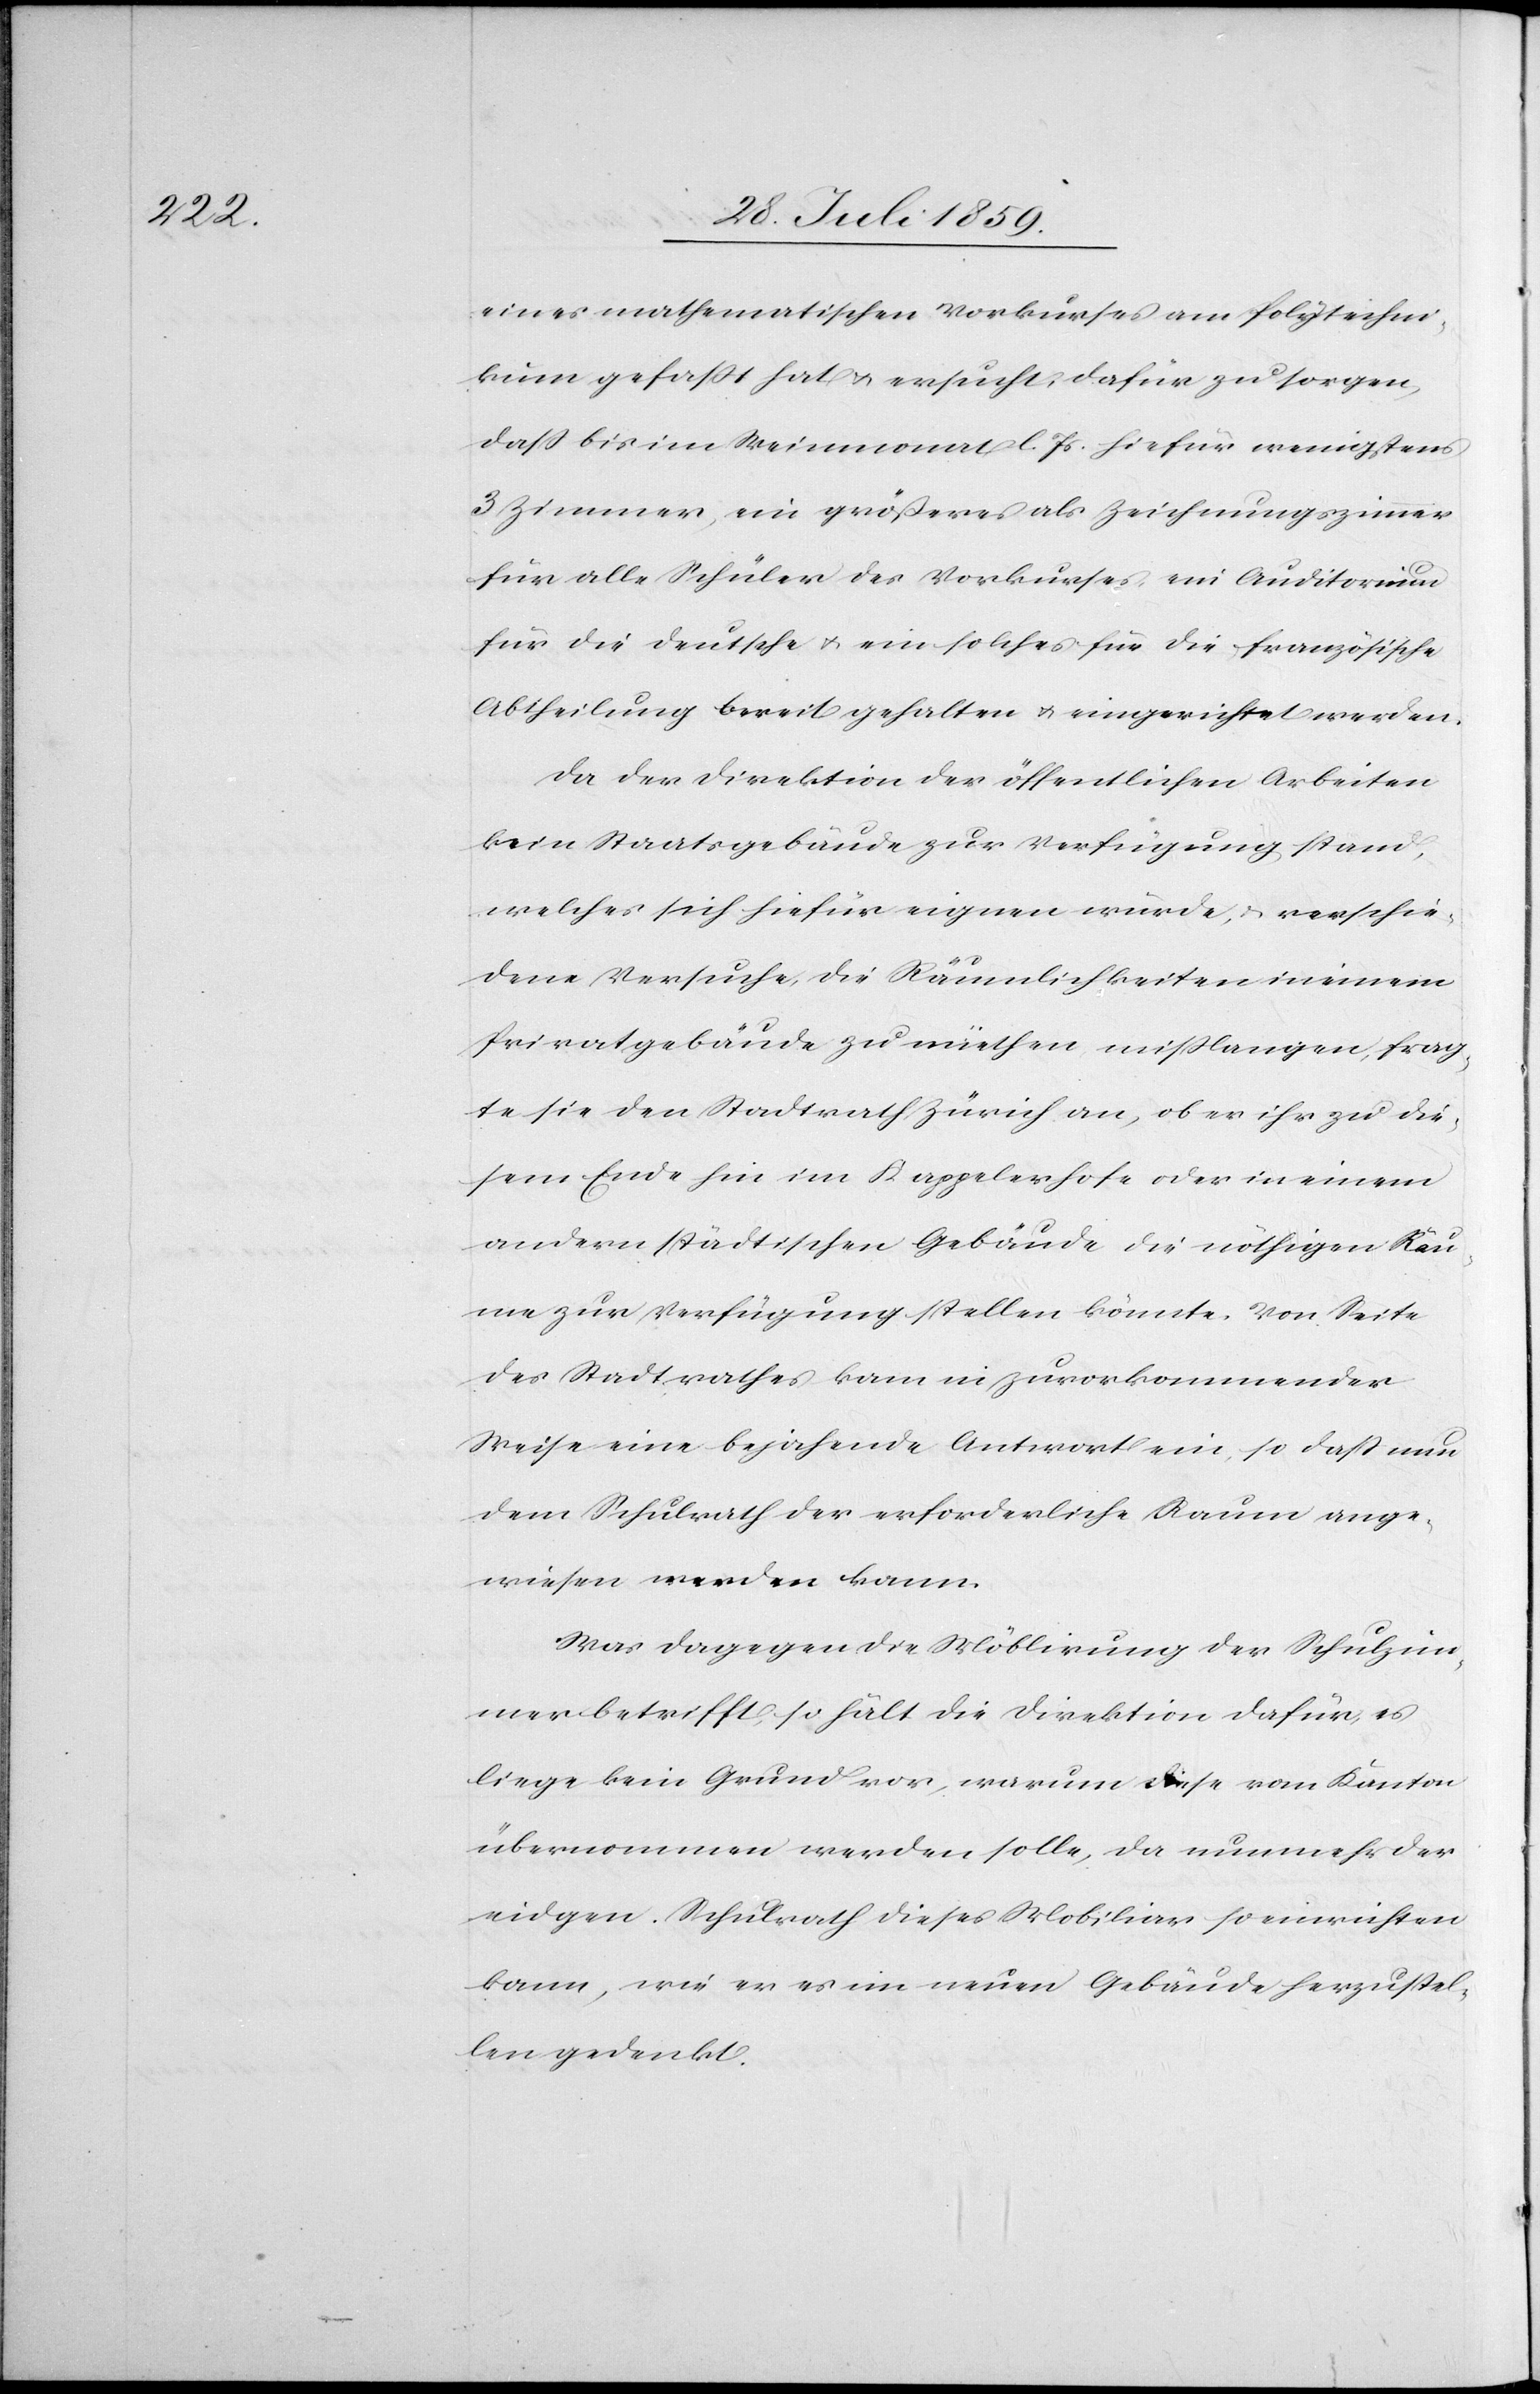
eines mathematischen Vorkurses am Polytechni¬
kum gefaßt hat u. ersucht, dafür zu sorgen,
daß bis im Weinmonat l. Js. hiefür wenigstens
3 Zimmer, ein größeres als Zeichnungszimmer
für alle Schüler des Vorkurses, ein Auditorium
für die deutsche u. ein solches für die französische
Abtheilung bereit gehalten u. eingerichtet werden.
Da der Direktion der öffentlichen Arbeiten
kein Staatsgebäude zur Verfügung stand,
welches sich hiefür eignen würde, u. verschie¬
dene Versuche, die Räumlichkeiten in einem
Privatgebäude zu miethen mißlangen, frag¬
te sie den Stadtrath Zürich an, ob er ihr zu die¬
sem Ende hin im Kappelerhofe oder in einem
andern städtischen Gebäude die nöthigen Räu¬
me zur Verfügung stellen könnte. Von Seite
des Stadtrathes kam in zuvorkommender
Weise eine bejahende Antwort ein, so daß nun
dem Schulrath der erforderliche Raum ange¬
wiesen werden kann.
Was dagegen die Möblirung der Schulzim¬
mer betrifft, so hält die Direktion dafür, es
liege kein Grund vor, warum diese vom Kanton
übernommen werden solle, da nunmehr der
eidgen. Schulrath dieses Mobiliar so einrichten
kann, wie er es im neuen Gebäude herzustel¬
len gedenkt.